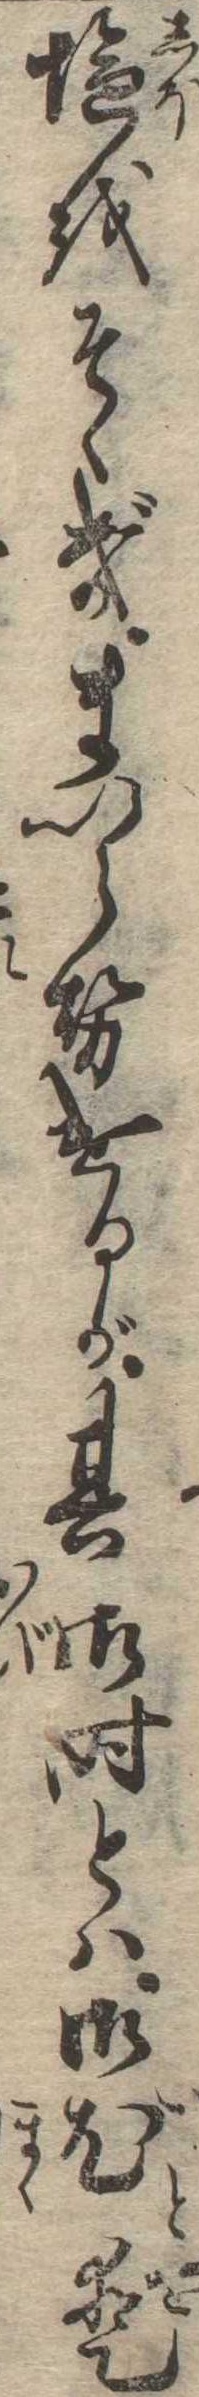
塩をそゝぎまいらせけるが其御時とは御尤愛